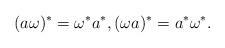
LaTeX: \begin{align*}(a\omega)^* = \omega^*a^*,(\omega a)^* = a^*\omega^*. \end{align*}